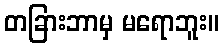
တခြားဘာမှ မရောဘူး။